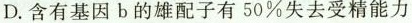
D.含有基因b的雄配子有50%失去受精能力